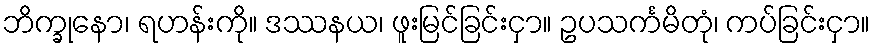
ဘိက္ခုနော၊ ရဟန်းကို။ ဒဿနယ၊ ဖူးမြင်ခြင်းငှာ။ ဥပသင်္ကမိတုံ၊ ကပ်ခြင်းငှာ။